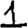
Digit: 1